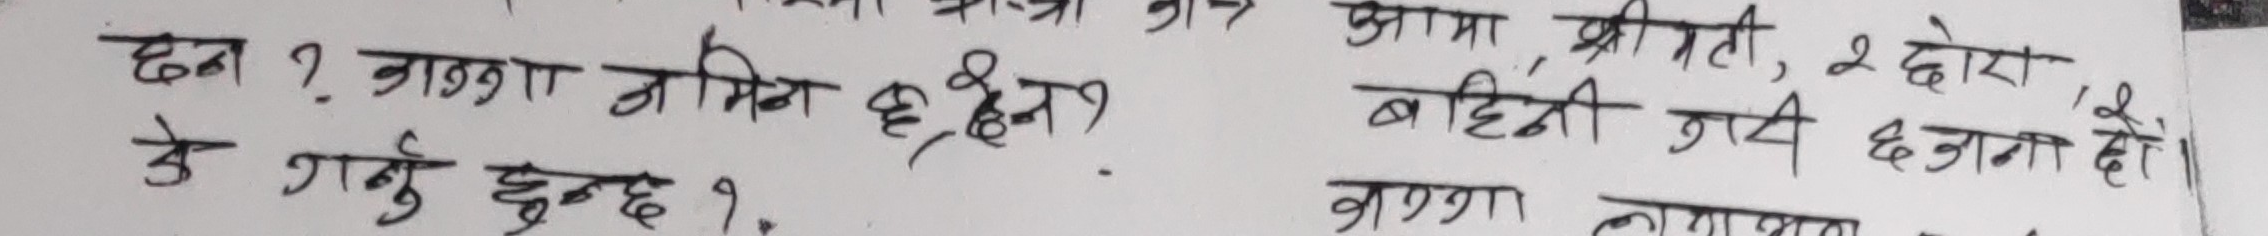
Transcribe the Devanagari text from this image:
छन ? नाता जमिन छ, छैन ? आमा, श्रीमती, 2 छोरा,
के गर्नु हुन्छ ? बहिनी गरी छ जना छौं।
अब्बा